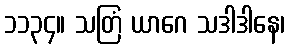
၁၁၃၄။ သတြံ ယာဂေ သဒါဒါနေ၊